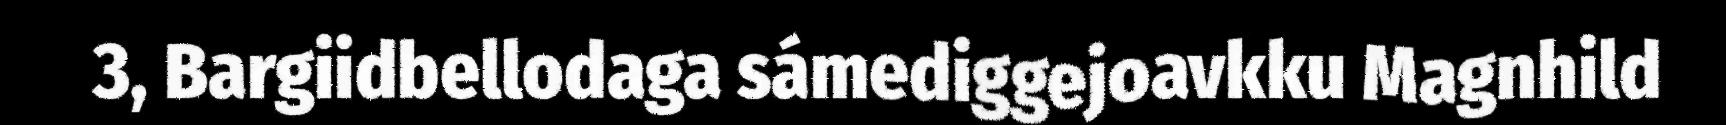
3, Bargiidbellodaga sámediggejoavkku Magnhild